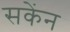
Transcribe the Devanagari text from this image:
सकेंन